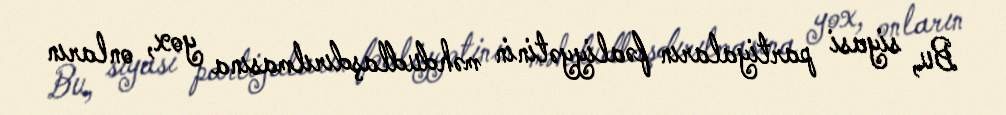
Bu, siyasi partiyaların fəaliyyətinin məhdudlaşdırılmasına yox, onların